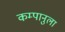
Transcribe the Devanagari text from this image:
कम्पानुला